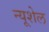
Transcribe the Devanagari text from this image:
न्यूशेल